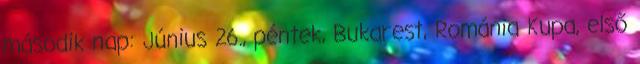
második nap: Június 26., péntek, Bukarest, Románia Kupa, első